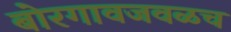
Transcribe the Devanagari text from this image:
बोरगावजवळच